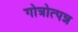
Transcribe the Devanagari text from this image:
गोत्रोत्पन्न